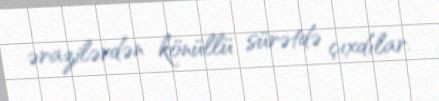
ərazilərdən könüllü sürətdə çıxdılar.